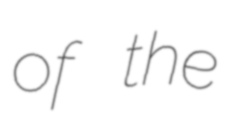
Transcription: of the